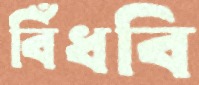
বিঁধবি